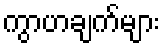
ကွာဟချက်များ